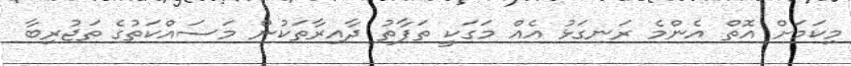
މިކަމަށް އޮތް އެންމެ ރަނގަޅު އެއް މަގަކީ ތަފާތު ދާއިރާތަކުން މަސައްކަތުގެ ތަޖުރިބާ